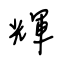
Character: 輝